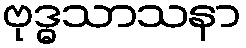
ဗုဒ္ဓသာသနာ